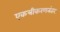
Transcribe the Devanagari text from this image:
एकत्रीकरणनंतर